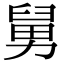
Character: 舅